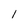
Character: 1